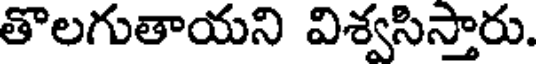
తొలగుతాయని విశ్వసిస్తారు.